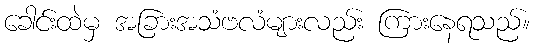
ခေါင်းထဲမှ အခြားအသံဗလံများလည်း ကြားနေရသည်။